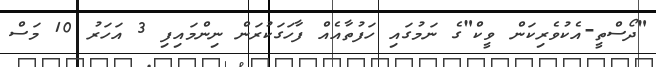
"ދޯސްތީ-އެކުވެރިކަން ވީކް"ގެ ނަމުގައި ހަފުތާއެއް ފާހަގަކުރަން ނިންމައިފި 3 އަހަރު 10 މަސް